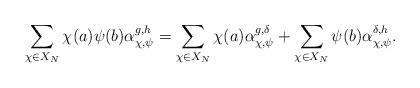
LaTeX: \begin{align*} \sum_{\chi \in X_N} \chi(a)\psi(b) \alpha_{\chi,\psi}^{g,h} = \sum_{\chi \in X_N} \chi(a) \alpha_{\chi,\psi}^{g,\delta}+ \sum_{\chi \in X_N} \psi(b)\alpha_{\chi,\psi}^{\delta,h}.\end{align*}